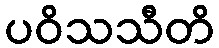
ပဝိသသီတိ